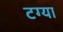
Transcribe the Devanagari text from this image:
टग्या